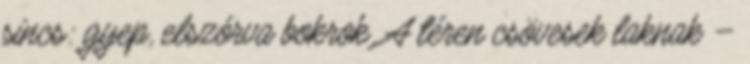
sincs: gyep, elszórva bokrok. A téren csövesek laknak –